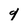
Character: g